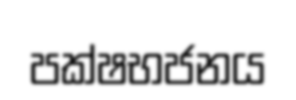
පක්ෂභජනය